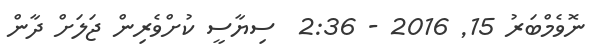
ނޮވެމްބަރު 15